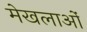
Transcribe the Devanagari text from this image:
मेखलाओं